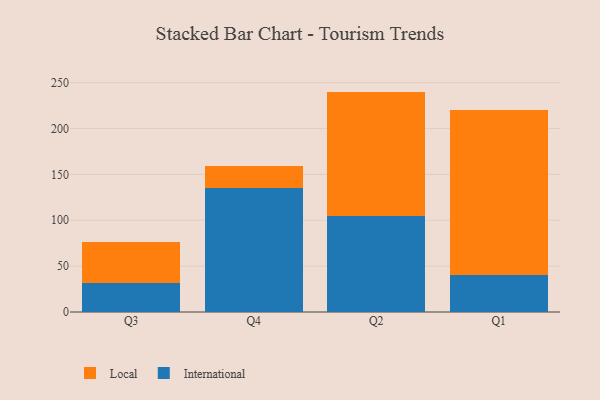
{"axis": {"x": "Quarter", "y": "Active Users"}, "legend": ["International", "Local"], "data": [{"x": "Q3", "y": 31.9, "type": "International"}, {"x": "Q3", "y": 44.9, "type": "Local"}, {"x": "Q4", "y": 135.6, "type": "International"}, {"x": "Q4", "y": 23.4, "type": "Local"}, {"x": "Q2", "y": 104.4, "type": "International"}, {"x": "Q2", "y": 135.8, "type": "Local"}, {"x": "Q1", "y": 40.7, "type": "International"}, {"x": "Q1", "y": 179.4, "type": "Local"}]}